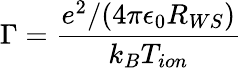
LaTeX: \Gamma=\frac{e^{2}/(4\pi\epsilon_{0}R_{WS})}{k_{B}T_{ion}}